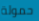
حمولة